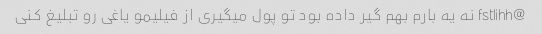
@fstlihh نه یه بارم بهم گیر داده بود تو پول میگیری از فیلیمو یاغی رو تبلیغ کنی